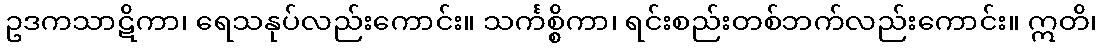
ဥဒကသာဋိကာ၊ ရေသနုပ်လည်းကောင်း။ သင်္ကစ္စိကာ၊ ရင်းစည်းတစ်ဘက်လည်းကောင်း။ ဣတိ၊